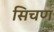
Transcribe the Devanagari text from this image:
सिचण